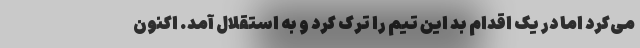
می‌کرد اما در یک اقدام بد این تیم را ترک کرد و به استقلال آمد. اکنون